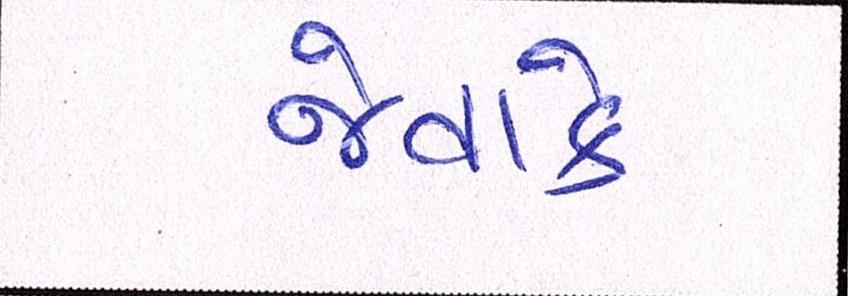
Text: જેવાકે